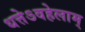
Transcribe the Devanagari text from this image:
धत्तेऽवहेलाम्